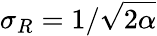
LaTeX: \sigma_{R}=1/\sqrt{2\alpha}